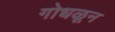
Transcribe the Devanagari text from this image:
गोधळून